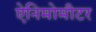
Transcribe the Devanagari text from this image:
ऐनिमोमीटर